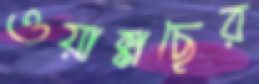
ওয়াক্কাছের